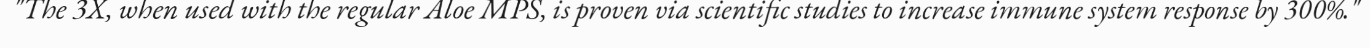
"The 3X, when used with the regular Aloe MPS, is proven via scientific studies to increase immune system response by 300%."